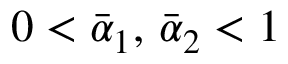
0 < \bar { \alpha } _ { 1 } , \, \bar { \alpha } _ { 2 } < 1